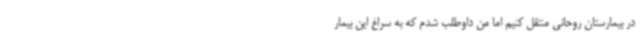
در بیمارستان روحانی منتقل کنیم اما من داوطلب شدم که به سراغ این بیمار